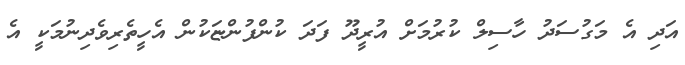
އަދި އެ މަގުސަދު ހާސިލް ކުރުމަށް އުރީދޫ ފަދަ ކުންފުންޏަކުން އެހީތެރިވެދިނުމަކީ އެ